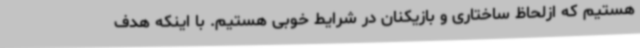
هستیم که ازلحاظ ساختاری و بازیکنان در شرایط خوبی هستیم. با اینکه هدف